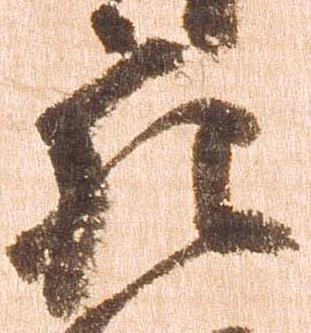
充